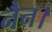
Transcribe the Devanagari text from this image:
नैन।